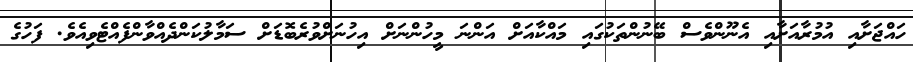
ހައްޖަށާއި އުމުރާއަށާއި އެނޫންވެސް ބޭނުންތަކުގައި މައްކާއަށް އަންނަ މީހުންނަށް އިހުނަށްވުރެބޮޑަށް ސަމާލުކަންދެއްވާންފެއްޓެވިއެވެ. ފަހުގެ